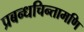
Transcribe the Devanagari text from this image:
प्रबन्धचिन्तामणि